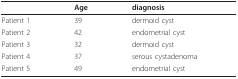
|  | Age | diagnosis |
 | --- | --- | --- |
 | Patient 1 | 39 | dermoid cyst |
 | Patient 2 | 42 | endometrial cyst |
 | Patient 3 | 32 | dermoid cyst |
 | Patient 4 | 37 | serous cystadenoma |
 | Patient 5 | 49 | endometrial cyst |